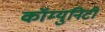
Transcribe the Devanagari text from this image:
कॉम्युनिटी